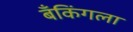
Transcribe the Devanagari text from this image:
बँकिंगला